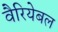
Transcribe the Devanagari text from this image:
वैरियेबल